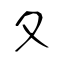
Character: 夂